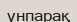
үнпарақ